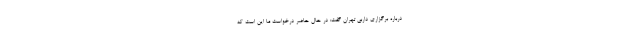
درباره برگزاری داربی تهران گفت: در حال حاضر درخواست ما این است که